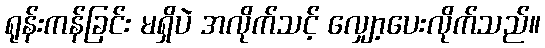
ရုန်းကန်ခြင်း မရှိပဲ အလိုက်သင့် လျှော့ပေးလိုက်သည်။